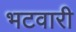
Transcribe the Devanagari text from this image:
भटवारी